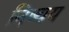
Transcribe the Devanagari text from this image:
निष्चय